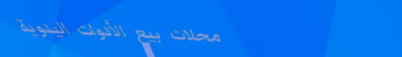
محلات بيع الأدوات اليدوية